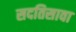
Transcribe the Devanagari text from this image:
सदतिसावा